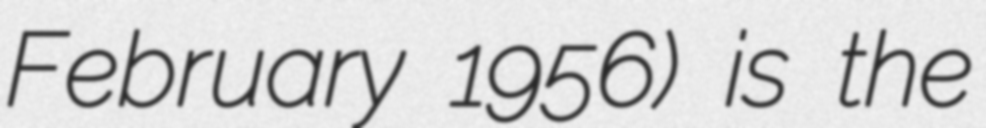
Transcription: February 1956) is the